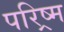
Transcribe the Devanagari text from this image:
परिष्र्म